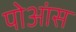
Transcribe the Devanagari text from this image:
पोआंस